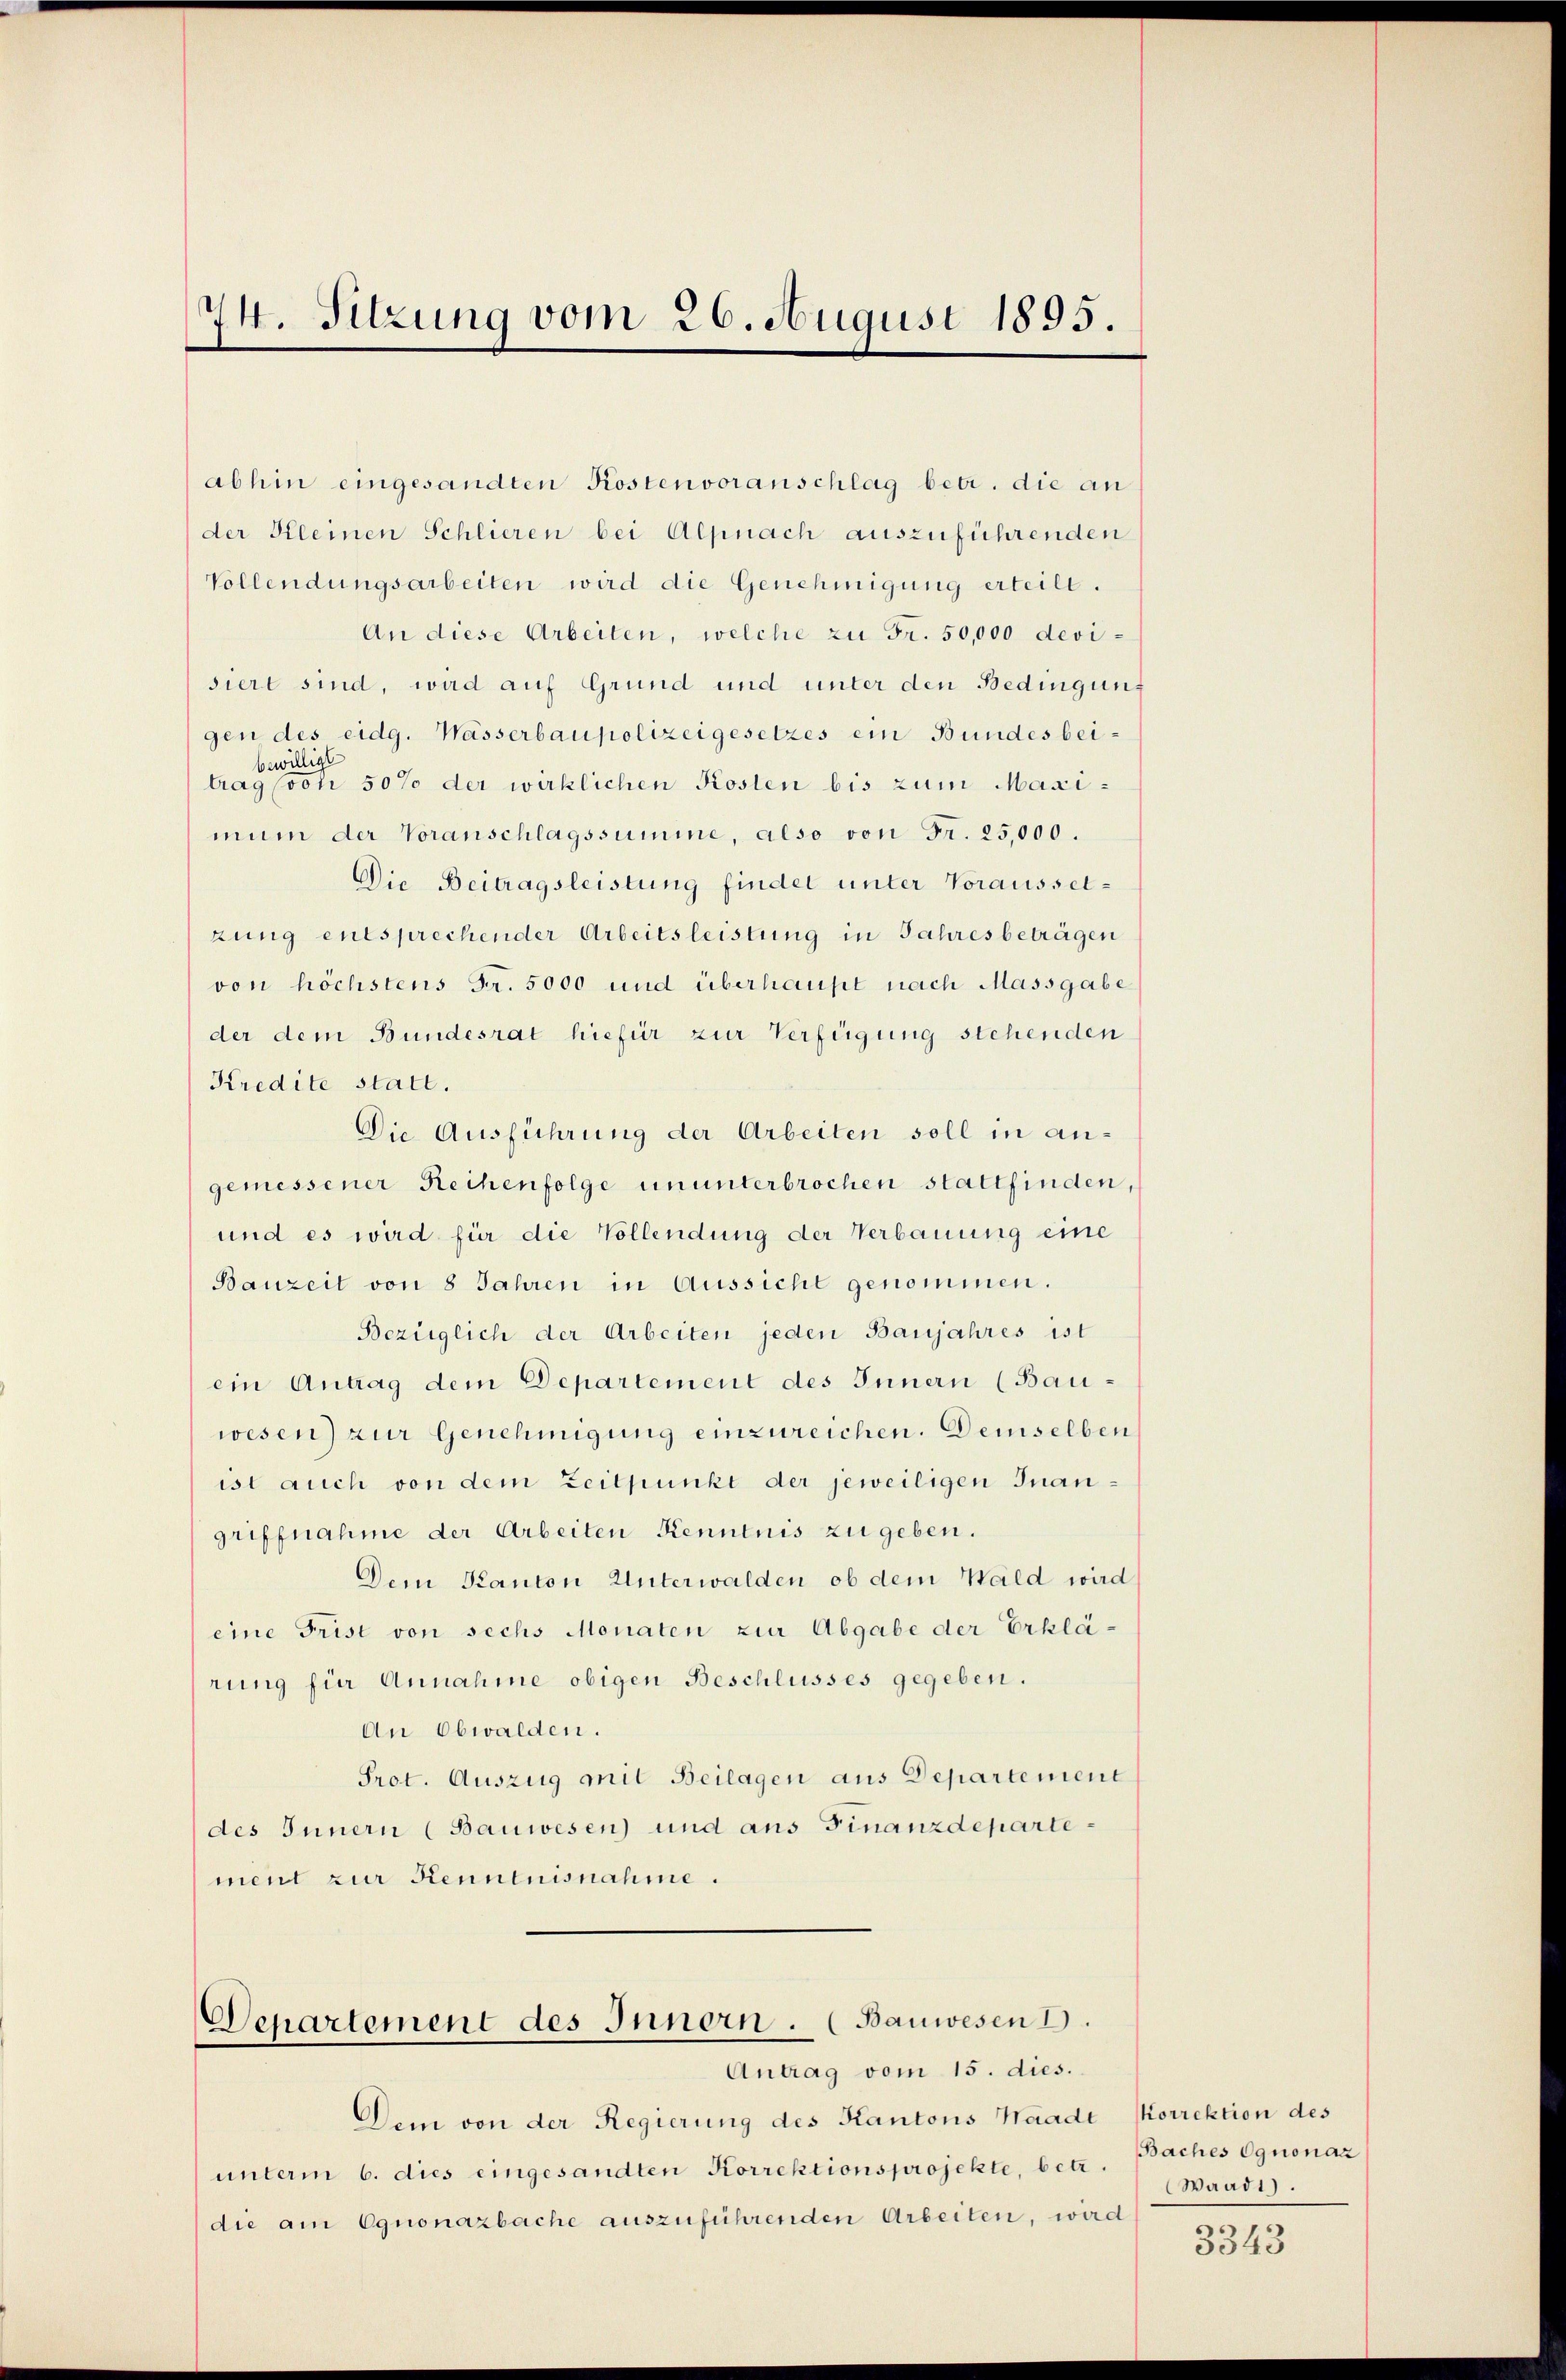
74. Sitzung vom 26. August 1895.

abhin eingesandten Kostenvoranschlag betr. die an
der Kleinen Schlieren bei Alpnach auszuführenden
Vollendungsarbeiten wird die Genehmigung erteilt.
An diese Arbeiten, welche zu Fr. 50,000 devisiert sind, wird auf Grund und unter den Bedingungen des eidg. Wasserbaupolizeigesetzes ein Bundes beibewillige
trag von 507 der wirklichen Kosten bis zum Maximum der Voranschlagssumme, also von Fr. 25,000.
Die Beitragsleistung findet unter Voraussetzung entsprechender Arbeitsleistung in Jahresbeträgen
von höchstens Fr. 5000 und überhaupt nach Massgabe
der dem Bundesrat hiefür zur Verfügung stehenden
Kredite statt.
Die Ausführung der Arbeiten soll in angemessener Reihenfolge ununterbrochen stattfinden,
und es wird für die Vollendung der Verbauung eine
Bauzeit von 8 Jahren in Aussicht genommen.
Bezüglich der Arbeiten jeden Banjahres ist
ein Antrag dem Departement des Innern (Bau-
wesen) zur Genehmigung einzureichen. Demselben
ist auch von dem Zeitpunkt der jeweiligen Inangriffnahme der Arbeiten Kenntnis zu geben.
Dem Kanton Unterwalden, ob dem Wald wird
eine Frist von sechs Monaten zur Abgabe der Erklärung für Annahme obigen Beschlusses gegeben.
An Obwalden.
Prot. Auszug mit Beilagen aus Departement
des Innern (Bauwesen und aus Finanzdepartement zur Kenntnisnahme.

Denartement des Innern. (Bauwesen
Antrag vom 15. dies.

Dem von der Regierung des Kantons Waadt
unterm 6. dies eingesandten Korrektionsprojekte, betr.
die am Ognonazbache auszuführenden Arbeiten, wird

Korrektion des
Baches Ognonaz
Waadt).
d
n

3343